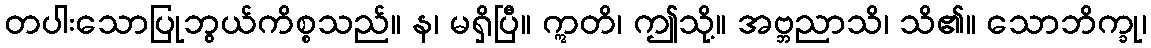
တပါးသောပြုဘွယ်ကိစ္စသည်။ န၊ မရှိပြီ။ ဣတိ၊ ဤသို့။ အဗ္ဘညာသိ၊ သိ၏။ သောဘိက္ခု၊